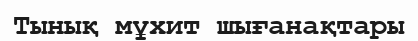
Тынық мұхит шығанақтары